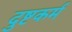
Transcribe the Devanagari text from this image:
दुष्टकर्म